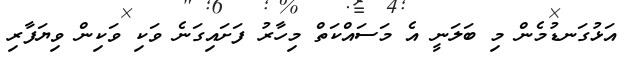
އަޅުގަނޑުމެން މި ބަލަނީ އެ މަސައްކަތް މިހާރު ފަށައިގަނެ ވަކި ވަކިން ވިޔަފާރި